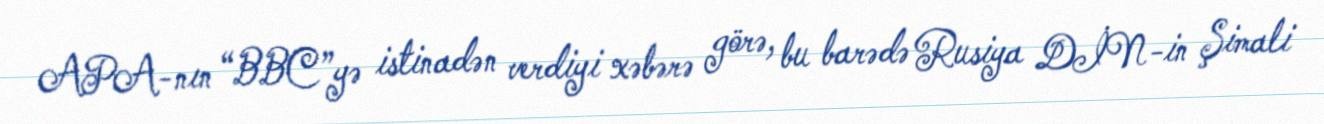
APA-nın “BBC”yə istinadən verdiyi xəbərə görə, bu barədə Rusiya DİN-in Şimali